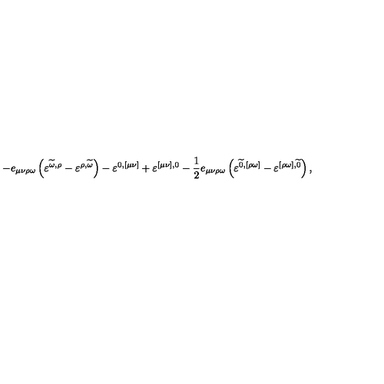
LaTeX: - e _ { \mu \nu \rho \omega } \left( \varepsilon ^ { \widetilde { \omega } , \rho } - \varepsilon ^ { \rho , \widetilde { \omega } } \right) - \varepsilon ^ { 0 , [ \mu \nu ] } + \varepsilon ^ { [ \mu \nu ] , 0 } - \frac { 1 } { 2 } e _ { \mu \nu \rho \omega } \left( \varepsilon ^ { \widetilde { 0 } , [ \rho \omega ] } - \varepsilon ^ { [ \rho \omega ] , \widetilde { 0 } } \right) ,